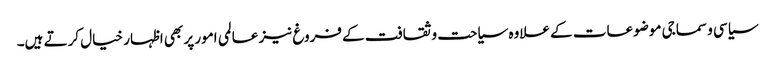
سیاسی و سماجی موضوعات کے علاوہ سیاحت و ثقافت کے فروغ نیز عالمی امور پر بھی اظہار خیال کرتے ہیں۔